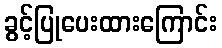
ခွင့်ပြုပေးထားကြောင်း